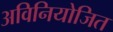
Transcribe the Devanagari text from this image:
अविनियोजित